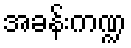
အခန်းကဏ္ဍ